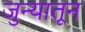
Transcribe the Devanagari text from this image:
जुन्यातून